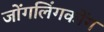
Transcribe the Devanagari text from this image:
जोंगलिंगकोंग